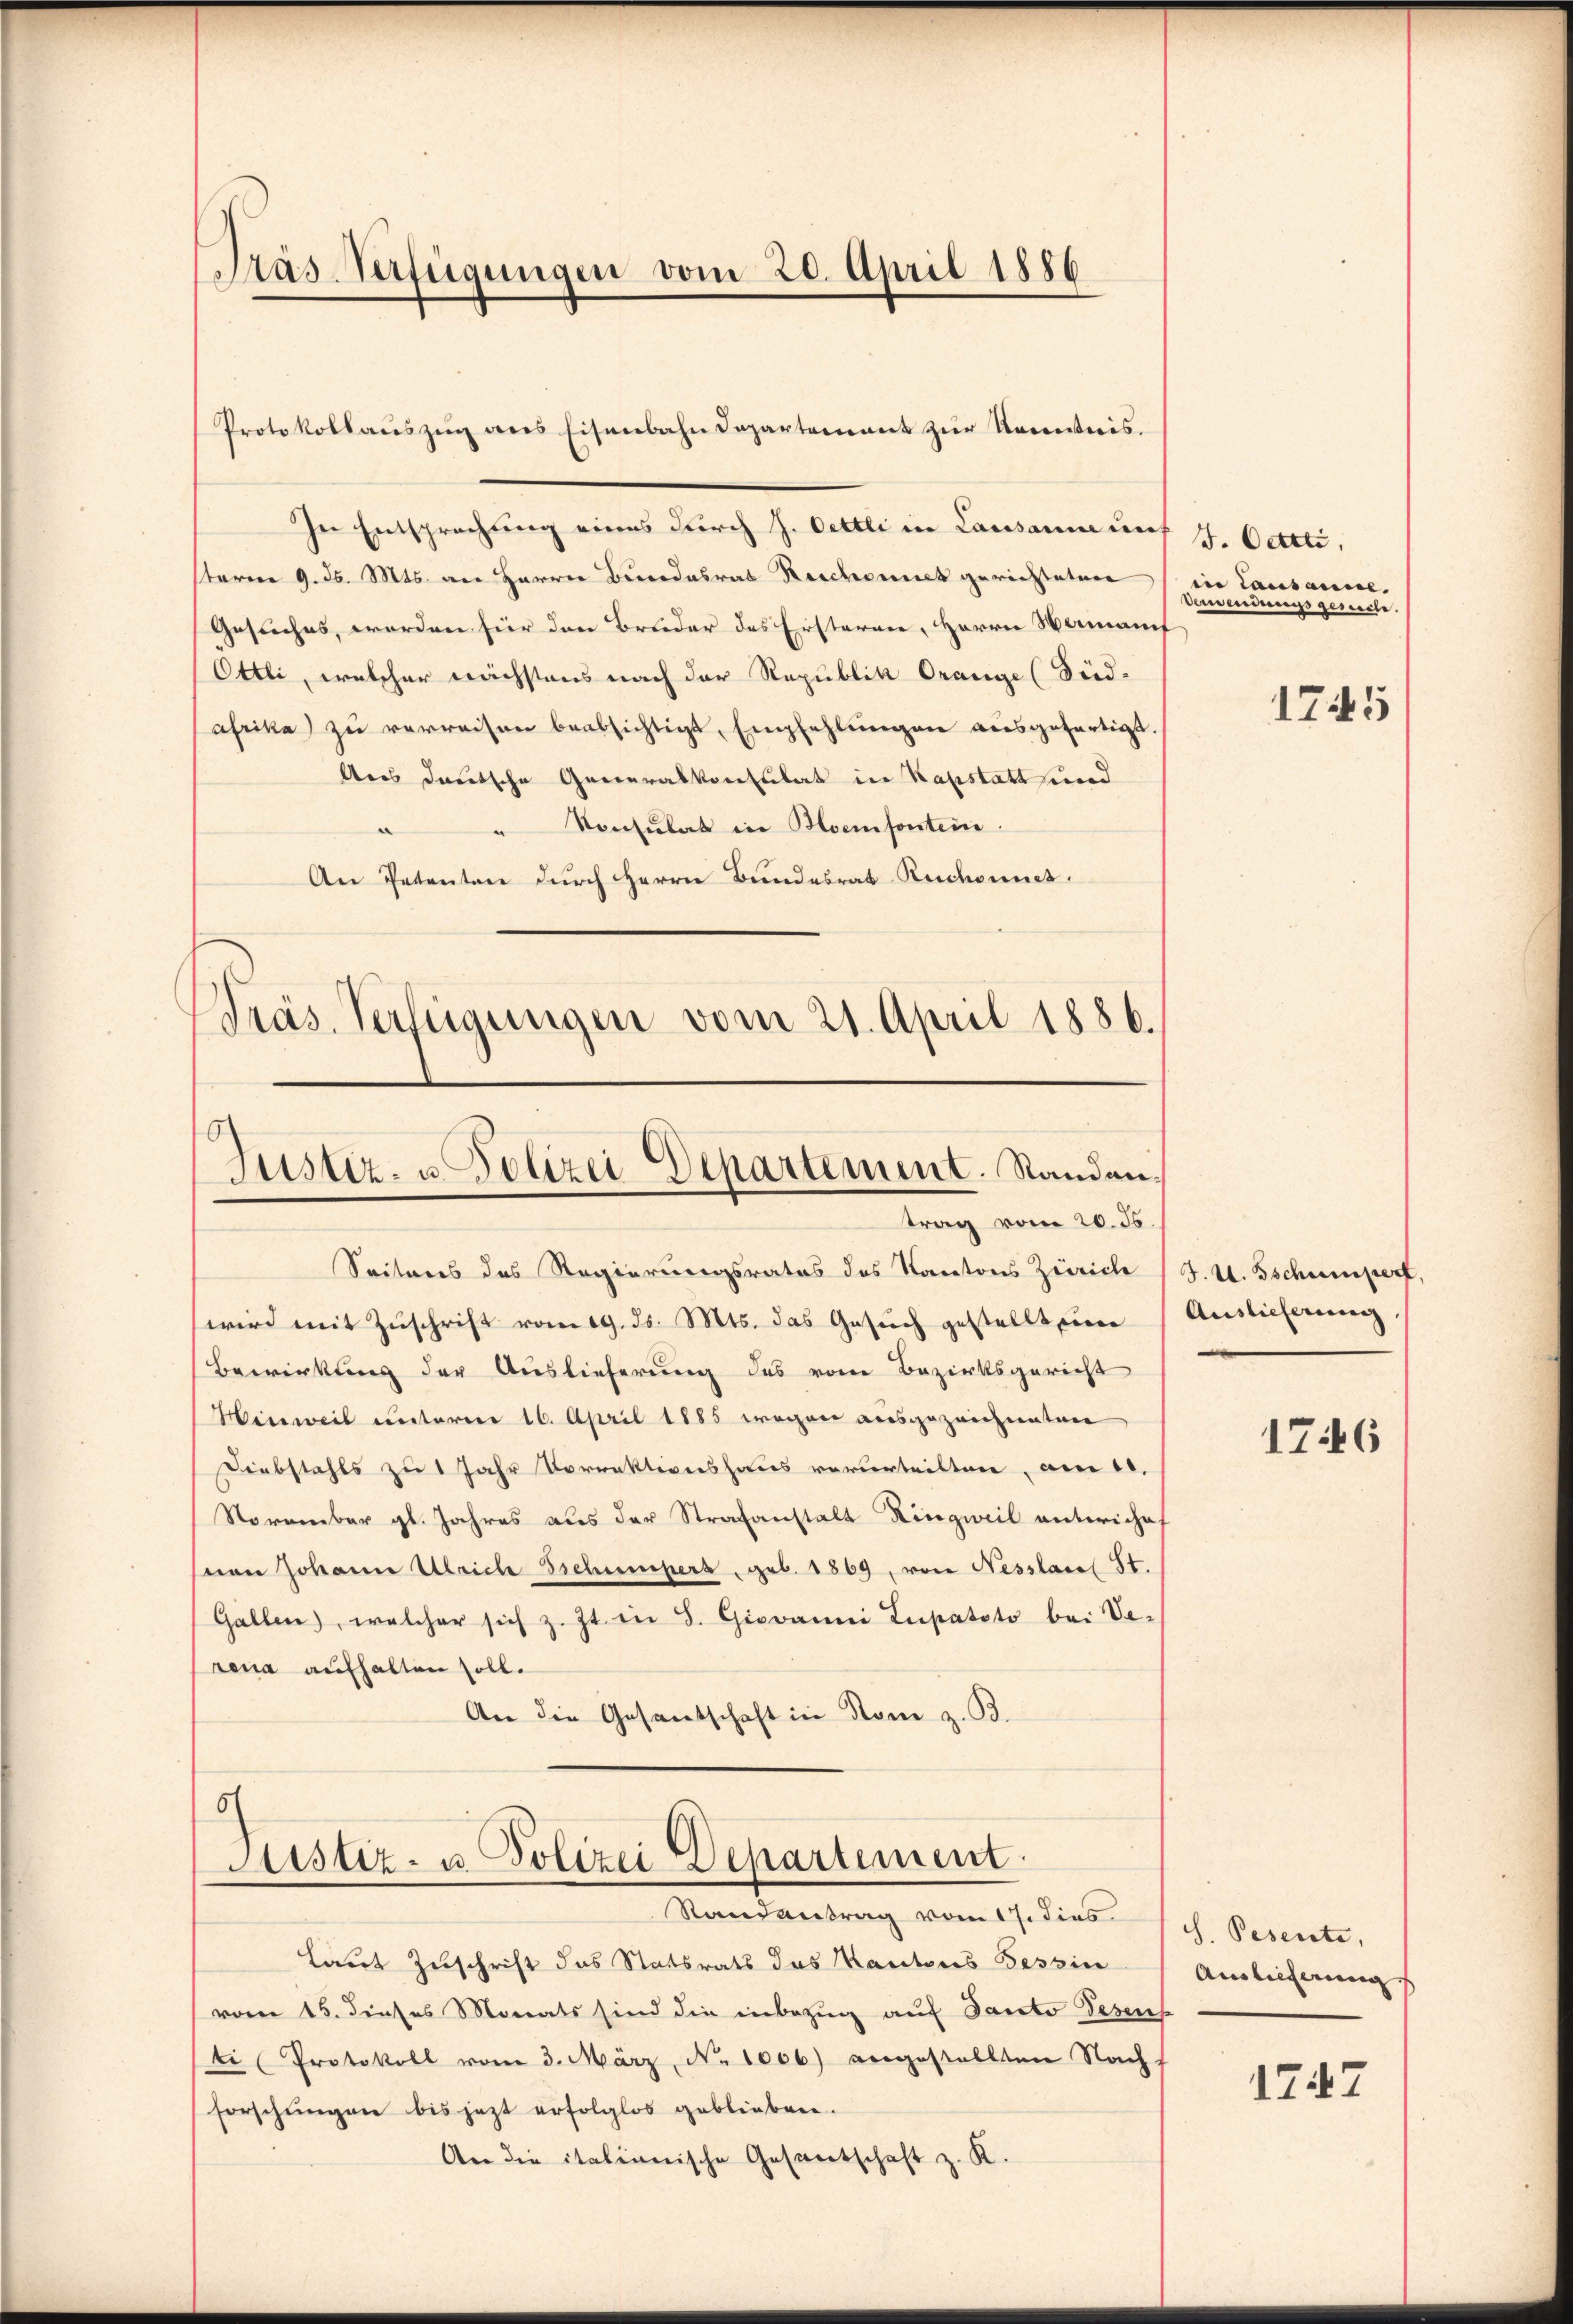
Präs. Verfügungen vom 20. April 1886

Protokollauszug aus Eisenbahndepartement zur Kenntnis.
In Entsprechung eines durch J. Oettli in Lausann auf 4. Octti,
starrer 9. d. Mts. an Harrer Bundesrat Reschonek gerichteten
Gesuches, werden für den Bruder des Ersteren, Herrn Namanif
Ottli, welcher nächstens nach der Republik Orange (Süd-
afrika zu verreisen beabsichtigt, Empfehlŭngen ausgefertigt.
ders deutsche Generalkonsulat in Kapstatt und
Konsulat in Hoemsonstein.
An Petenten durch Herrn Bundesrat Ruchonnet.
Präs. Verfügungen vom 21. April 1886.

Justiz- u. Polizei-Departement. Randantrag vom 20. ds.

Seitens des Regierungsrates des Kantons Zürich (J. U. Tschumperf,
wird mit Zŭschrift vom 19. ds. Mts. das Gesŭch gestellt eine Auslieferung
Bewirkung der Auslieferung des von Bezirksgericht
Hinweil unterner 16. April 1885 wegen ausgezeichneten
Diebstahls zu 1 Jahr Vorrektionshaus verurteilten, am 10.
November gl. Jahres aus der Strafanstalt Ringweil unteriches
on Johann Ulrich Eschumpers, geb. 1869, von Nesslauel St.
Gallen, welcher sich z. Zt. in S. Giovanni Lupatoto bei Verena aufhalten soll.
An die Gesantschaft in Rom z. B.

Justiz- u. Polizei Departement.
Randantrag vom 17. dies

Laut Zuschrift das Statsrats das Kantons Tessin
vom 15. dieses Monats sind die inbezug auf Santo Gesens
ti Protokoll vom 3. März, No 1006) angestellten Nachs
forschŭngen bis jezt erfolglos geblieben.
An die italianische Gesantschaft z. K.

in Causanne.
Bewendungs gesieche.

1745

1746

S. Pesente,
Auslieferung

1747